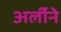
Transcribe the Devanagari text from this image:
अर्लीने